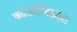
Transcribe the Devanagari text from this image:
काँडोलिझ्झा